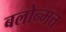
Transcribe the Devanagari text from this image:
बलोन्मत्त